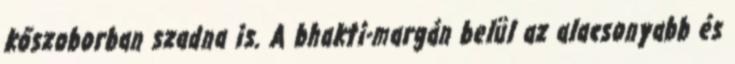
kőszoborban szadna is. A bhakti-margán belül az alacsonyabb és